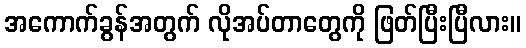
အကောက်ခွန်အတွက် လိုအပ်တာတွေကို ဖြတ်ပြီးပြီလား။